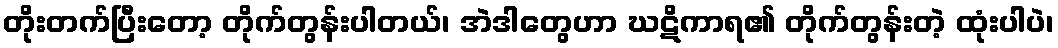
တိုးတက်ပြီးတော့ တိုက်တွန်းပါတယ်၊ အဲဒါတွေဟာ ဃဋိကာရ၏ တိုက်တွန်းတဲ့ ထုံးပါပဲ၊